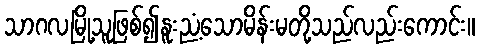
သာဂလမြို့သူဖြစ်၍နူးညံ့သောမိန်းမတို့သည်လည်းကောင်း။